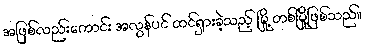
အဖြစ်လည်းကောင်း အလွန်ပင် ထင်ရှားခဲ့သည့် မြို့ တစ်မြို့ဖြစ်သည်။